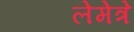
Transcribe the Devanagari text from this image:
लेमेत्रे